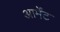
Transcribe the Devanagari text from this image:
आर्मेंट